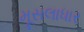
મૂસલાધાર